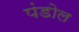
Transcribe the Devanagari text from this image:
पंडोल